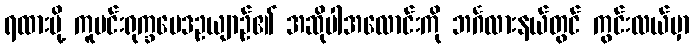
ရထားပို့ ကူမင်းရုက္ခဗေဒဥယျာဉ်၏ အဆိုပါအလောင်းကို ဘင်္ဂလားနယ်တွင် ကွင်းလယ်မှာ